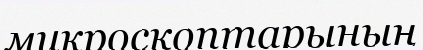
микроскоптарының